Veski_algkool, lk 12
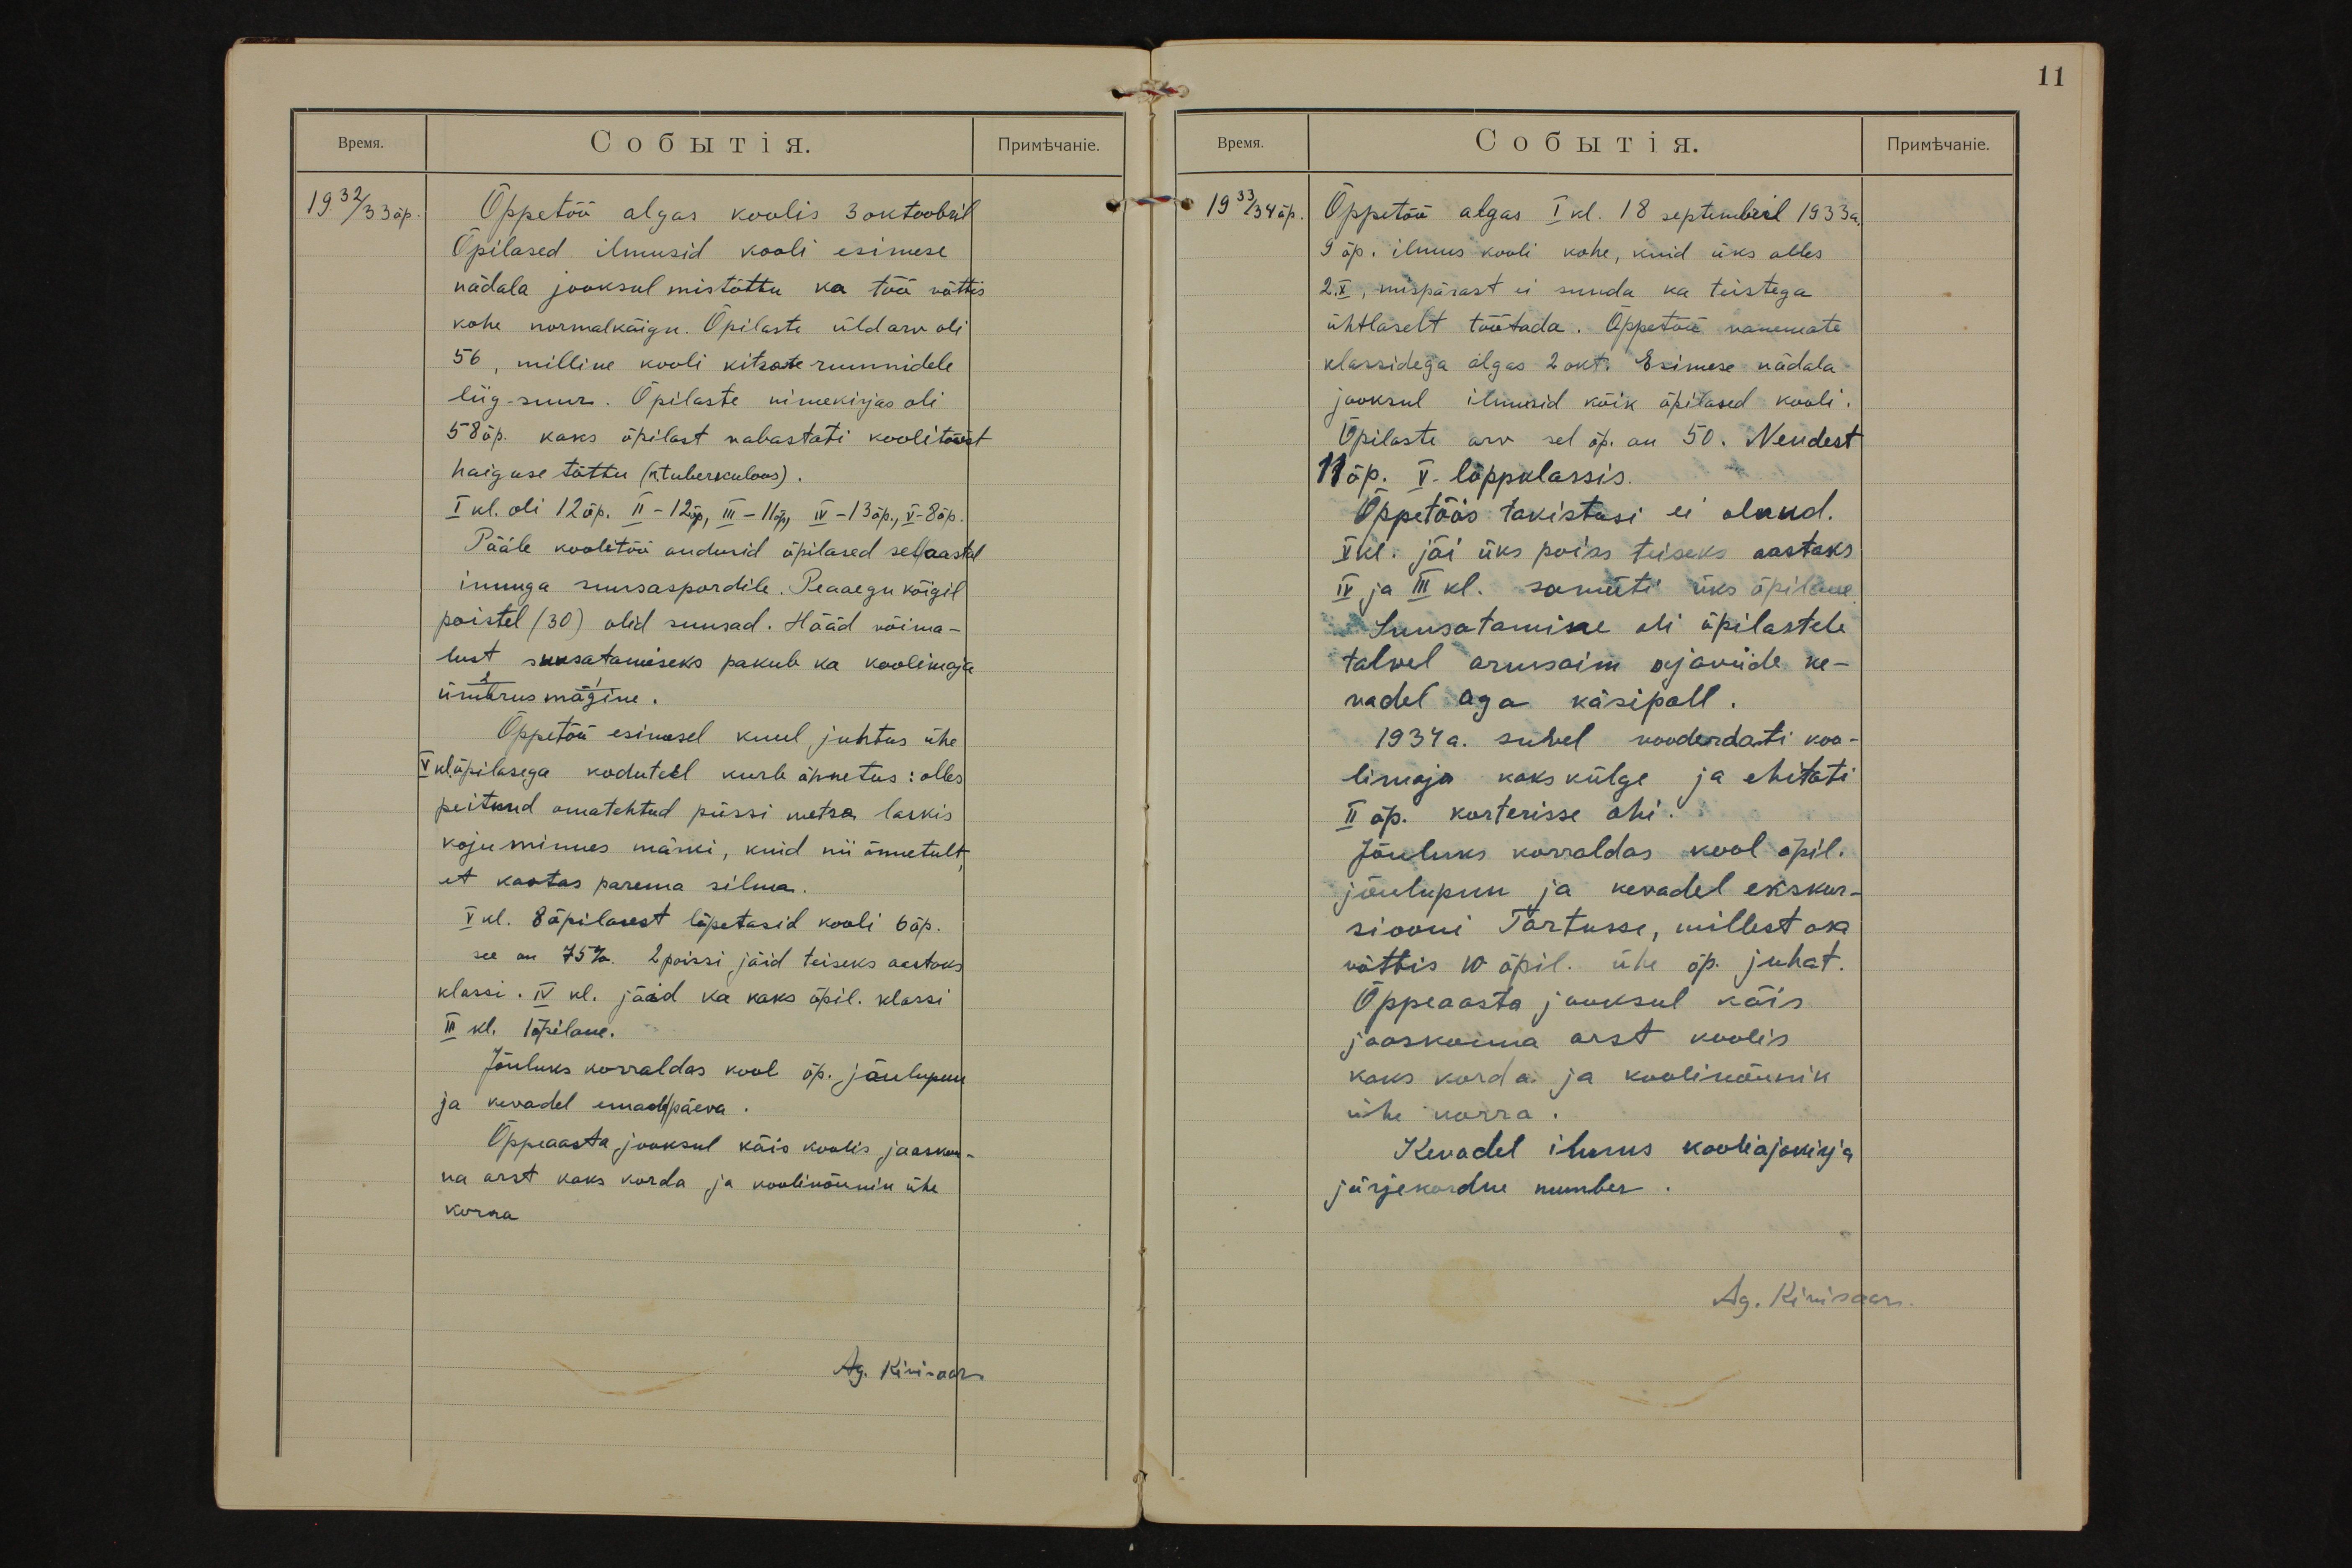
11

1932/33 õp.
Õppetöö algas koolis 3 oktoobril
Õpilased ilmusid kooli esimese
nädala jooksul mistõttu ka töö võttis
kohe normalkäigu. Õpilaste üldarv oli
56, milline kooli kitsaste ruumidele
liig suur. Õpilaste nimekirjas oli
58 õp. kaks õpilast vabastati koolitööst
haiguse tõttu (n. tuberkuloos).
I kl. oli 12 õp. II - 12 õp, III - 11 õp, IV - 13 õp., V- 8 õp.
Pääle koolitöö andusid õpilased sel aastal
innuga suusaspordile. Peaaegu kõigil
poistel (30) olid suusad. Hääd võima-
lust suusatamiseks pakub ka koolimaja
ümbrus mägine.
Õppetöö esimesel kuul juhtus ühe
V kl. õpilasega koduteel kurb õnnetus: olles
peitnud omatehtud püssi metsa laskis
koju minnes märki, kuid nii õnnetult,
et kaotas parema silma.
V kl. 8 õpilasest lõpetasid kooli 6 õp.
see on 75%. 2 poissi jäid teiseks aastaks
klassi. IV kl. jäid ka kaks õpil. klassi
II kl. 1 õpilane.
Jõuluks korraldas kool õp. jõulupuu
ja kevadel emadepäeva.
Õppeaasta jooksul käis koolis jaoskon-
na arst kaks korda ja koolinõunik ühe
korra
Ag. Kivisaar

1933/34 õp.
Õppetöö algas I kl. 18 septembril 1933a.
9 õp. ilmus kooli kohe, kuid üks alles
2.X, mispärast ei suuda ka teistega
ühtlaselt töötada. Õppetöö vanemate
klassidega algas 2 okt. Esimese nädala
jooksul ilmusid kõik õpilased kooli.
Õpilaste arv sel õp. on 50. Nendest
11 õp. V. lõppklassis.
Õppetöös takistusi ei olnud.
V kl. jäi üks poiss teiseks aastaks
IV ja III kl. samuti üks õpilane.
Suusatamine oli õpilastele
talwel armsaim ajaviide ke-
vadel aga käsipall.
1934 a. suwel vooderdati koo-
limaja kaks külge ja ehitati
II õp. korterisse ahi.
Jõuluks korraldas kool õpil.
jõulupuu ja kevadel ekskur-
siooni Tartusse, millest osa
võttis 10 õpil. ühe õp. juhat.
Õppeaasta jooksul käis
jaoskonna arst koolis
kaks korda ja koolinõunik
ühe korra.
Kevadel ilmus kooliajakirja
järjekordne number.
Ag. Kivisaar.